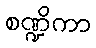
စဏ္ဍိကာ